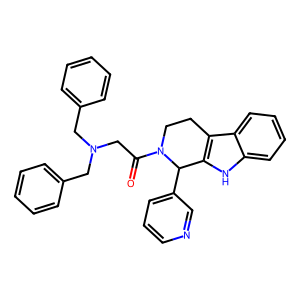
SMILES: O=C(CN(Cc1ccccc1)Cc1ccccc1)N1CCc2c([nH]c3ccccc23)C1c1cccnc1
Inhibits HIV replication: No